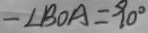
- \angle B O A = 9 0 ^ { \circ }